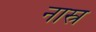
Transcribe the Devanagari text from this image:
नास्र